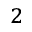
^ { 2 }